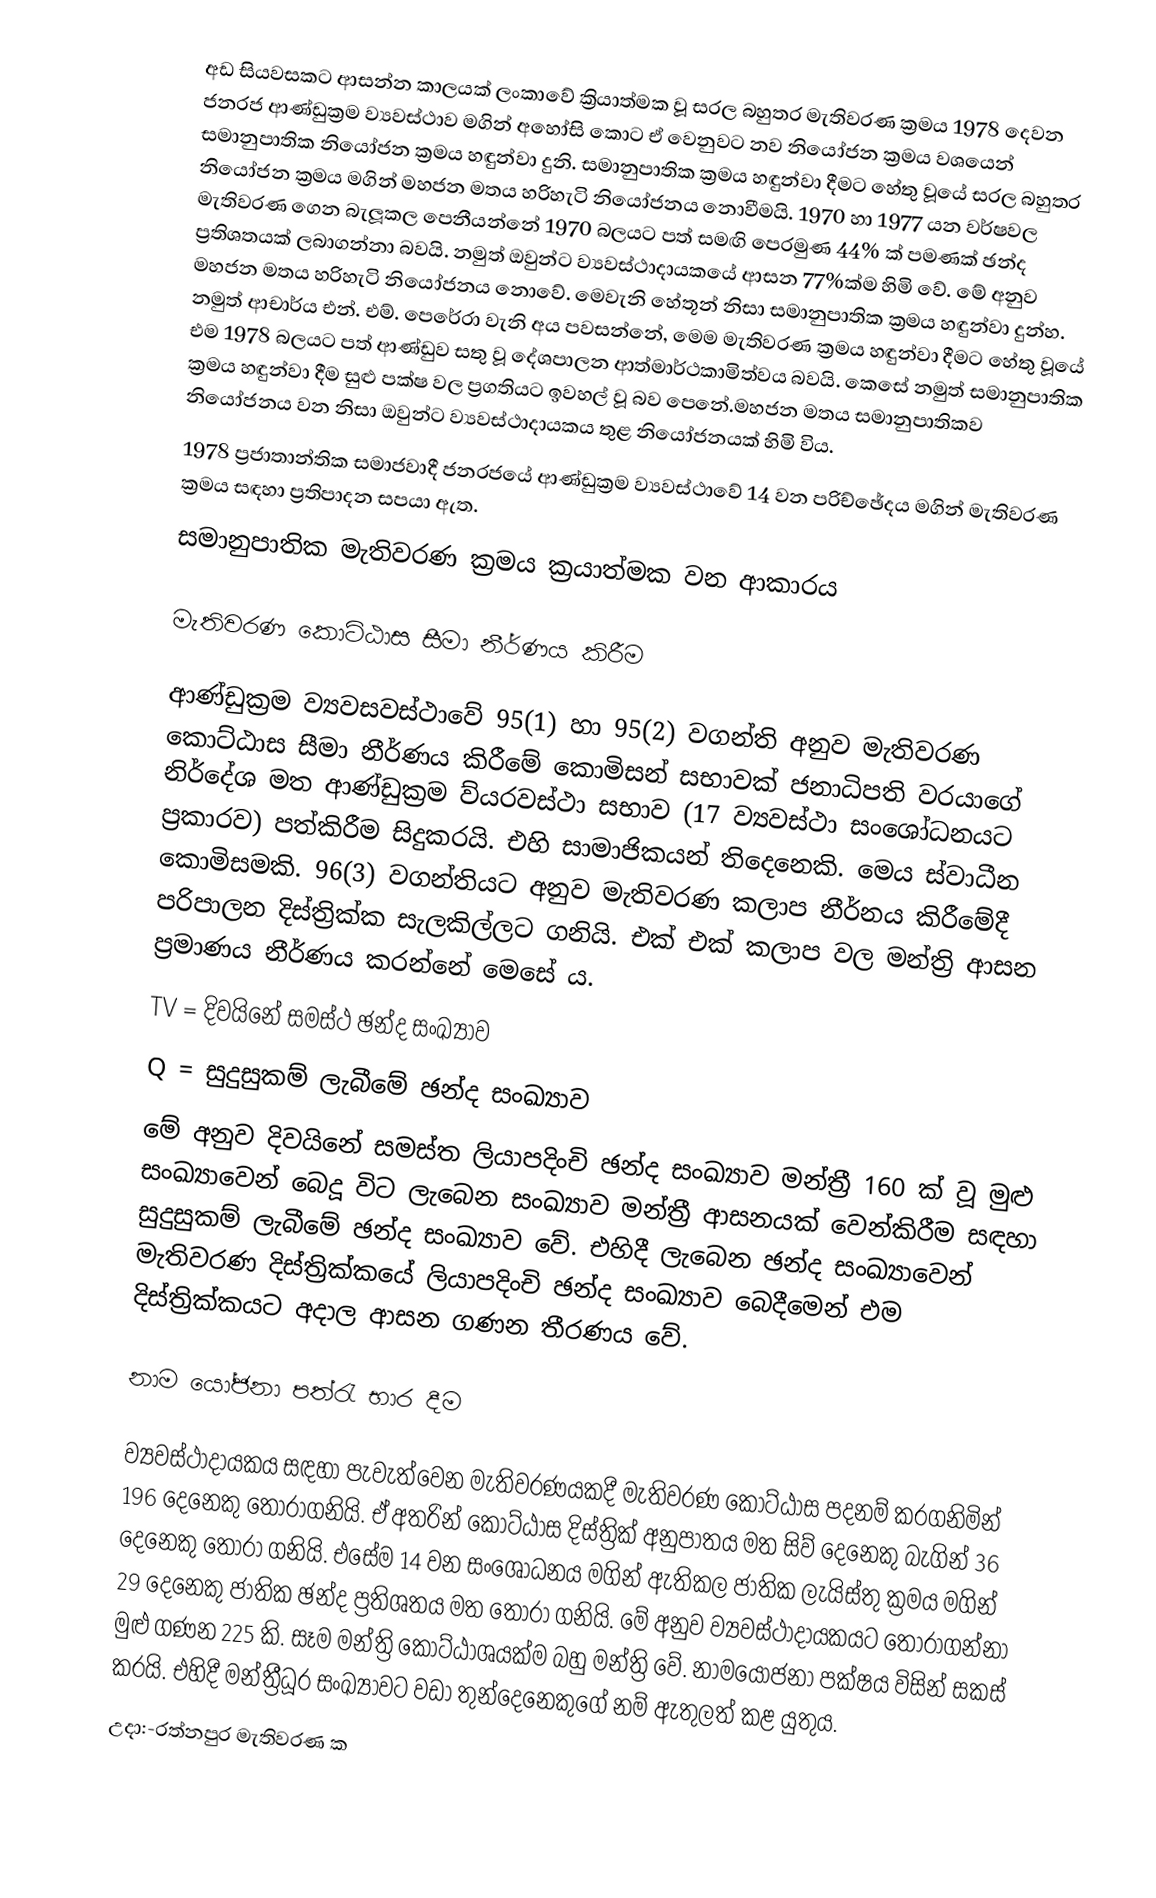
අඩ සියවසකට ආසන්න කාලයක් ලංකාවේ ක්‍රියාත්මක වූ සරල බහුතර මැතිවරණ ක්‍රමය 1978 දෙවන ජනරජ ආණ්ඩුක්‍රම  ව්‍යවස්ථාව මගින් අහෝසි කොට ඒ වෙනුවට නව නියෝජන ක්‍රමය වශයෙන් සමානුපාතික නියෝජන ක්‍රමය හඳුන්වා දුනි. සමානුපාතික ක්‍රමය හඳුන්වා දීමට හේතු වූයේ සරල බහුතර නියෝජන ක්‍රමය  මගින් මහජන මතය හරිහැටි නියෝජනය නොවීමයි. 1970 හා 1977 යන වර්ෂවල මැතිවරණ ගෙන බැලූකල  පෙනීයන්නේ 1970 බලයට පත් සමඟි පෙරමුණ 44% ක් පමණක් ඡන්ද ප්‍රතිශතයක්‍ ලබාගන්නා බවයි. නමුත් ඔවුන්ට ව්‍යවස්ථාදායකයේ ආසන 77%ක්ම හිමි  වේ. මේ අනුව මහජන මතය හරිහැටි නියෝජනය නොවේ. මෙවැනි හේතූන් නිසා සමානුපාතික ක්‍රමය හඳුන්වා දුන්හ. නමුත් ආචාර්ය එන්. එම්. පෙරේරා වැනි අය පවසන්නේ, මෙම මැතිවරණ ක්‍රමය හඳුන්වා දීමට හේතු වූයේ එම 1978 බලයට පත් ආණ්ඩුව සතු වූ දේශපාලන ආත්මාර්ථකාමිත්වය බවයි. කෙසේ නමුත් සමානුපාතික ක්‍රමය හඳුන්වා දීම සුළු පක්ෂ වල ප්‍රගතියට ඉවහල් වූ බව පෙනේ.මහජන මතය සමානුපාතිකව නියෝජනය වන නිසා ඔවුන්ට ව්‍යවස්ථාදායකය තුළ නියෝජනයක් හිමි විය.
1978 ප්‍රජාතාන්තික සමාජවාදී ජනරජයේ ආණ්ඩුක්‍රම ව්‍යවස්ථාවේ 14 වන පරිච්ඡේදය මගින් මැතිවරණ ක්‍රමය සඳහා ප්‍රතිපාදන සපයා ඇත.
සමානුපාතික මැතිවරණ ක්‍රමය ක්‍රයාත්මක වන ආකාරය

මැතිවරණ කොට්ඨාස සීමා නීර්ණය කිරීම

ආණ්ඩුක්‍රම ව්‍යවසවස්ථාවේ 95(1) හා 95(2) වගන්ති අනුව මැතිවරණ කොට්ඨාස සීමා නීර්ණය කිරීමේ කොමිසන් සභාවක් ජනාධිපති වරයාගේ නිර්දේශ මත ආණ්ඩුක්‍රම ව්යරවස්ථා සභාව (17 ව්‍යවස්ථා සංශෝධනයට ප්‍රකාරව) පත්කිරීම සිදුකරයි. එහි සාමාජිකයන් තිදෙනෙකි. මෙය ස්වාධීන කොමිසමකි. 96(3) වගන්තියට අනුව මැතිවරණ කලාප නීර්නය කිරීමේදී පරිපාලන දිස්ත්‍රික්ක සැලකිල්ලට ගනියි. එක් එක් කලාප වල මන්ත්‍රි ආසන ප්‍රමාණය නීර්ණය කරන්නේ මෙසේ ය.
TV	=	දිවයිනේ සමස්ථ ඡන්ද සංඛ්‍යාව
Q	=	සුදුසුකම් ලැබීමේ ඡන්ද සංඛ්‍යාව
මේ අනුව දිවයිනේ සමස්ත  ලියාපදිංචි ඡන්ද සංඛ්‍යාව මන්ත්‍රී 160 ක් වූ මුළු සංඛ්‍යාවෙන් බෙදූ විට ලැබෙන සංඛ්‍යාව මන්ත්‍රී ආසනයක් වෙන්කිරීම සඳහා සුදුසුකම් ලැබීමේ ඡන්ද සංඛ්‍යාව වේ. එහිදී ලැබෙන ඡන්ද සංඛ්‍යාවෙන් මැතිවරණ දිස්ත්‍රික්කයේ ලියාපදිංචි ඡන්ද සංඛ්‍යාව බෙදීමෙන් එම දිස්ත්‍රික්කයට අදාල ආසන ගණන තීරණය වේ.

නාම යෝජනා පත්රැ භාර දීම

ව්‍යවස්ථාදායකය සඳහා පැවැත්වෙන මැතිවරණයකදී මැතිවරණ කොට්ඨාස පදනම් කරගනිමින් 196 දෙනෙකු තෝරාගනියි. ඒ අතරින් කොට්ඨාස දිස්ත්‍රික් අනුපාතය මත සිව් දෙනෙකු බැගින් 36 දෙනෙකු තෝරා ගනියි. එසේම 14 වන සංශෝධනය මගින් ඇතිකල ජාතික ලැයිස්තු ක්‍රමය මගින් 29 දෙනෙකු ජාතික ඡන්ද ප්‍රතිශතය මත තෝරා ගනියි. මේ අනුව ව්‍යවස්ථාදායකයට තෝරාගන්නා මුළු ගණන 225 කි. සෑම මන්ත්‍රි කොට්ඨාශයක්ම බහු මන්ත්‍රි වේ. නාමයෝජනා පක්‍‍ෂය විසින් සකස් කරයි. එහිදී  මන්ත්‍රීධූර සංඛ්‍යාවට වඩා තුන්දෙනෙකුගේ නම් ඇතුලත් කළ යුතුය.
උදා:-රත්නපුර මැතිවරණ ක